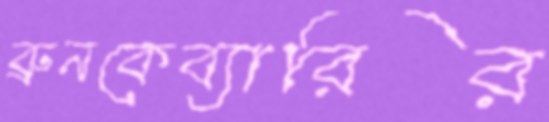
ব্রুনকেব্যারির